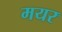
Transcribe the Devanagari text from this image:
मयर